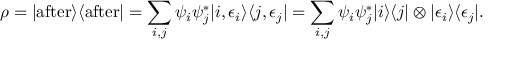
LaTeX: \rho = | { \mathrm { a f t e r } } \rangle \langle { \mathrm { a f t e r } } | = \sum _ { i , j } \psi _ { i } \psi _ { j } ^ { * } | i , \epsilon _ { i } \rangle \langle j , \epsilon _ { j } | = \sum _ { i , j } \psi _ { i } \psi _ { j } ^ { * } | i \rangle \langle j | \otimes | \epsilon _ { i } \rangle \langle \epsilon _ { j } | .